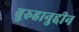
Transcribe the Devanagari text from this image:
बुरुहानुद्दीन